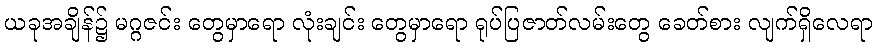
ယခုအချိန်၌ မဂ္ဂဇင်း တွေမှာရော လုံးချင်း တွေမှာရော ရုပ်ပြဇာတ်လမ်းတွေ ခေတ်စား လျက်ရှိလေရာ